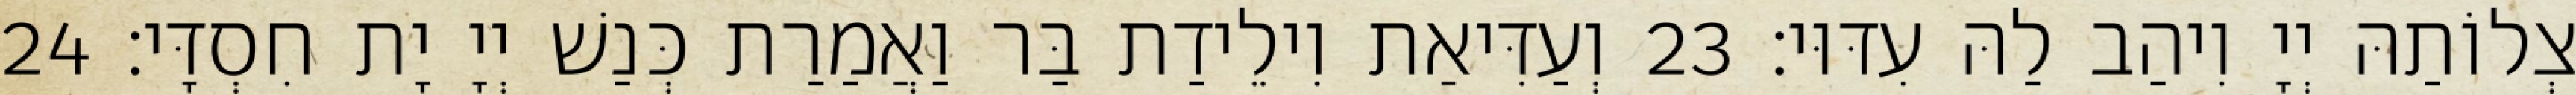
צְלוֹתַהּ יְיָ וִיהַב לַהּ עִדּוּי׃ 23 וְעַדִּיאַת וִילֵידַת בַּר וַאֲמַרַת כְּנַשׁ יְיָ יָת חִסְדָּי׃ 24